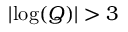
| \mathrm { l o g } ( Q ) | > 3